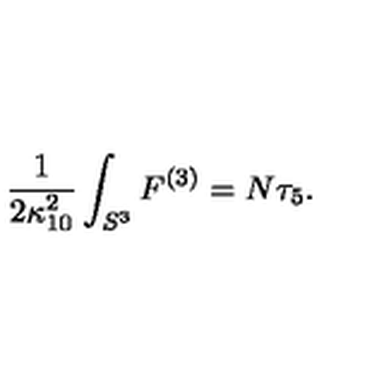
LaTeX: \frac 1 { 2 \kappa _ { 1 0 } ^ { 2 } } \int _ { S ^ { 3 } } F ^ { ( 3 ) } = N \tau _ { 5 } .